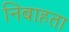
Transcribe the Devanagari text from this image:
निबाहता